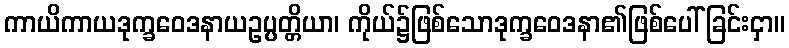
ကာယိကာယဒုက္ခဝေဒနာယဥပ္ပတ္တိယာ၊ ကိုယ်၌ဖြစ်သောဒုက္ခဝေဒနာ၏ဖြစ်ပေါ်ခြင်းငှာ။